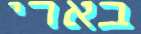
בארי